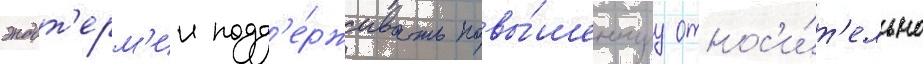
эндот'ерм'ии подд'е́рживать повы́шеннуу относ'и́т'ельно